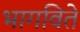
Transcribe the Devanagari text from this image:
भागविते